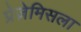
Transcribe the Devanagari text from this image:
प्रेज़ेमिसला